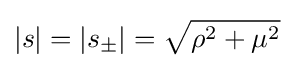
|s|=|s_{\pm }|={\sqrt {\rho ^{2}+\mu ^{2}}}